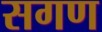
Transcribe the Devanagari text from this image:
सगण